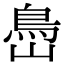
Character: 㠀